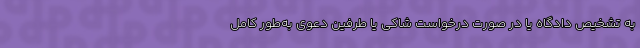
به تشخیص دادگاه یا در صورت درخواست شاکی یا طرفین دعوی به‌طور کامل